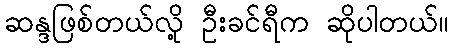
ဆန္ဒဖြစ်တယ်လို့ ဦးခင်ရီက ဆိုပါတယ်။